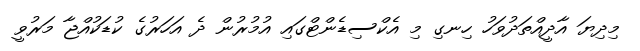
މިދިޔަ އާދީއްތަދުވަހު ހިނގި މި އެކްސިޑެންޓްގައި އުމުރުން ދެ އަހަރުގެ ކުޑަކުއްޖާ މަރުވީ